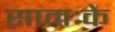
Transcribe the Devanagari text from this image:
सामःके